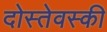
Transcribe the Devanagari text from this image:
दोस्तेवस्की